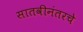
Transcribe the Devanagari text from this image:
सातवीनंतरचे